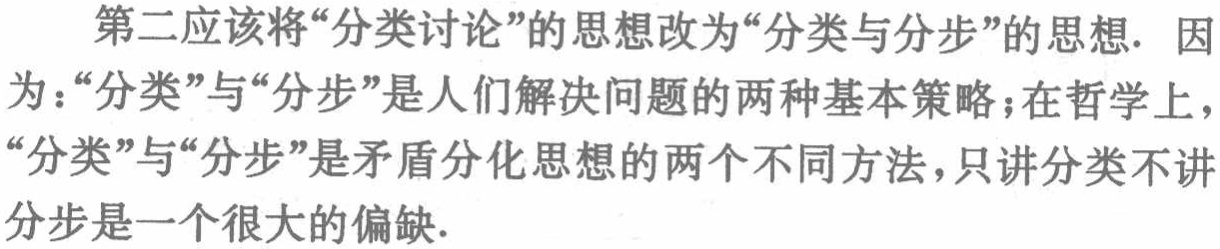
第二应该将“分类讨论”的思想改为“分类与分步”的思想. 因为：“分类”与“分步”是人们解决问题的两种基本策略；在哲学上，“分类”与“分步”是矛盾分化思想的两个不同方法，只讲分类不讲分步是一个很大的偏缺.